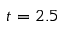
t = 2 . 5